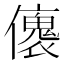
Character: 𠐤